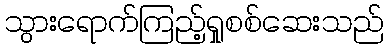
သွားရောက်ကြည့်ရှုစစ်ဆေးသည်